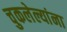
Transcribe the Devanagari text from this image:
चुकलेल्यांना